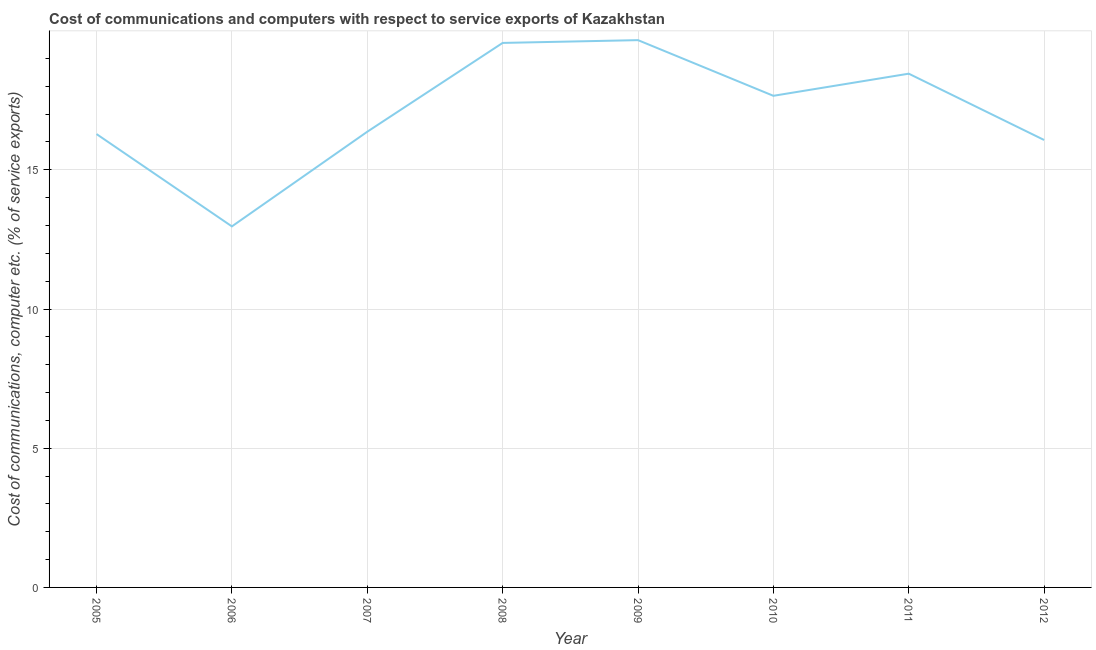
| Year | Communications |
 | --- | --- |
 | 2005 | 16.3 |
 | 2006 | 13 |
 | 2007 | 16.4 |
 | 2008 | 19.6 |
 | 2009 | 19.7 |
 | 2010 | 17.7 |
 | 2011 | 18.5 |
 | 2012 | 16.1 |